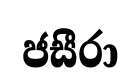
ජසීරා